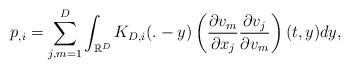
LaTeX: \begin{align*}p_{,i}=\sum_{j,m=1}^D\int_{{\mathbb R}^D}K_{D,i}(.-y)\left( \frac{\partial v_m}{\partial x_j}\frac{\partial v_j}{\partial v_m}\right)(t,y)dy,\end{align*}